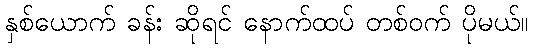
နှစ်ယောက် ခန်း ဆိုရင် နောက်ထပ် တစ်ဝက် ပိုမယ်။